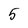
Character: 5